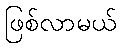
ဖြစ်လာမယ်